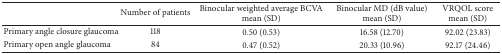
|  | Number of patients | Binocular weighted average BCVA mean (SD) | Binocular MD (dB value) mean (SD) | VRQOL score mean (SD) |
 | --- | --- | --- | --- | --- |
 | Primary angle closure glaucoma | 118 | 0.50 (0.53) | 16.58 (12.70) | 92.02 (23.83) |
 | Primary open angle glaucoma | 84 | 0.47 (0.52) | 20.33 (10.96) | 92.17 (24.46) |